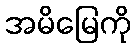
အမိမြေကို